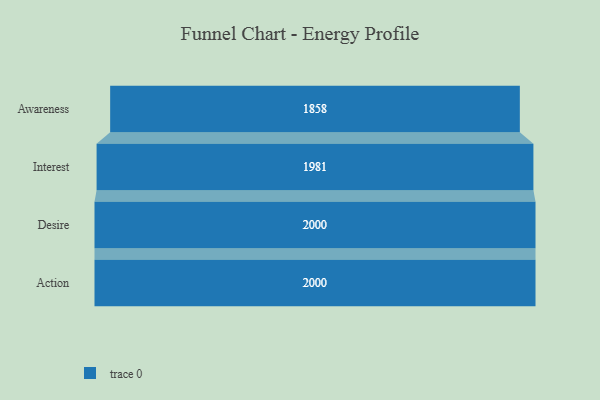
{"axis": {"x": "Stage", "y": "Value"}, "legend": [""], "data": [{"x": "Awareness", "y": 1858.0, "type": ""}, {"x": "Interest", "y": 1981.0, "type": ""}, {"x": "Desire", "y": 2000, "type": ""}, {"x": "Action", "y": 2000, "type": ""}]}